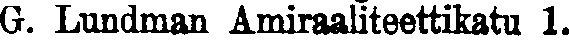
G. Lundman Amiraaliteettikatu 1.